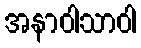
အနာဝါသာဝါ